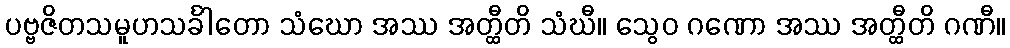
ပဗ္ဗဇိတသမူဟသင်္ခါတော သံဃော အဿ အတ္ထီတိ သံဃီ။ သွေဝ ဂဏော အဿ အတ္ထီတိ ဂဏီ။